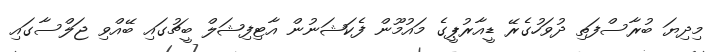
މިދިޔަ ބުރާސްފަތި ދުވަހުގެރޭ ޑީއާރުޕީގެ މައުމޫން ފެކަޝަނުން އާޓިފިޝަލް ބީޗުގައި ބޭއްވި ޖަލްސާގައި